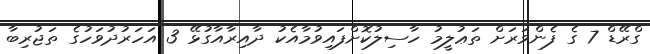
ގްރޭޑް 7 ގެ ފެންވަރަށް ތަޢުލީމު ހާސިލުކޮށްފައިވުމާއެކު ދާއިރާއާގުޅޭ 3 އަހަރުދުވަހުގެ ތަޖުރިބާ